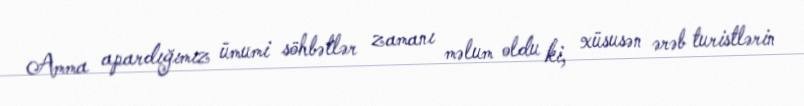
Amma apardığımız ümumi söhbətlər zamanı məlum oldu ki, xüsusən ərəb turistlərin